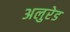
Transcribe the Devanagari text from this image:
अलुरेड